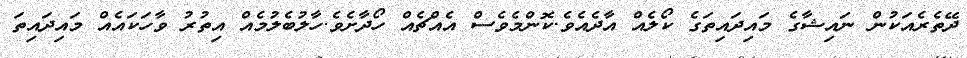
ދޭތެރެއަކުން ނައިޝާގެ މައިދައިތަގެ ކޯލެއް އާދެއެވެ.ކޮންމެވެސް އެއްޗެއް ހޯދާށެވެ.ހާލުބެލުމެއް އިތުރު ވާހަކައެއް މައިދައިތަ